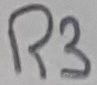
Text: R3